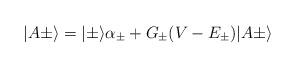
LaTeX: \begin{align*}\vert A\pm\rangle =\vert\pm\rangle\alpha_\pm +G_\pm (V-E_\pm )\vert A\pm\rangle\end{align*}